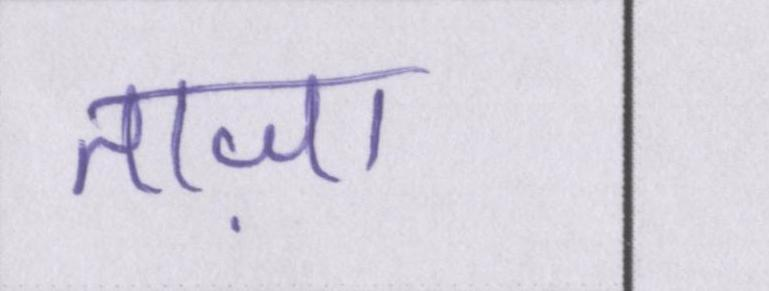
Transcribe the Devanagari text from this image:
ताज़ा